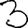
Digit: 3